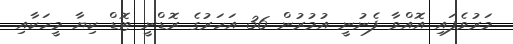
މަރުވެފައި އޮއްވާ ފެނުނީ އުމުރުން 36 އަހަރުގެ ރޮޑްނީ ޓޮޑް ކިޔާ މީހަކާއި